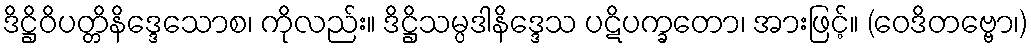
ဒိဋ္ဌိဝိပတ္တိနိဒ္ဒေသောစ၊ ကိုလည်း။ ဒိဋ္ဌိသမ္ပဒါနိဒ္ဒေသ ပဋိပက္ခတော၊ အားဖြင့်။ (ဝေဒိတဗ္ဗော၊)